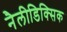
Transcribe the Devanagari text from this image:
नैलीडिक्सिक